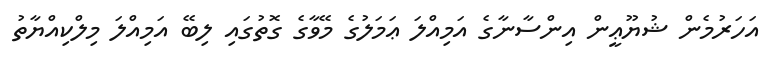
އަހަރުމެން ޝުޔޫޢީން އިންސާނާގެ އަމިއްލަ ޢަމަލުގެ މޭވާގެ ގޮތުގައި ލިބޭ އަމިއްލަ މިލްކިއްޔާތު